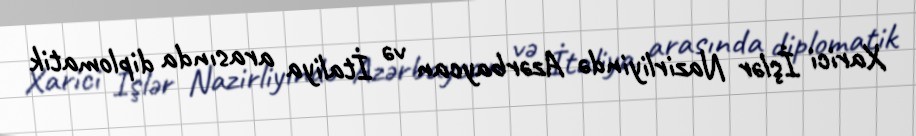
Xarici İşlər Nazirliyində Azərbaycan və İtaliya arasında diplomatik